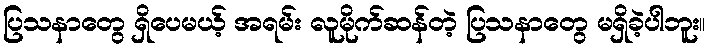
ပြသနာတွေ ရှိပေမယ့် အရမ်း လူမိုက်ဆန်တဲ့ ပြသနာတွေ မရှိခဲ့ပါဘူး။